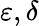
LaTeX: \varepsilon,\delta